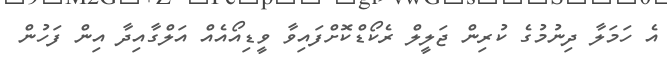
އެ ހަމަލާ ދިނުމުގެ ކުރިން ޖަލީލް ރެކޯޑްކޮށްފައިވާ ވީޑިއޯއެއް އަލްގާއިދާ އިން ފަހުން